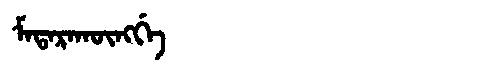
Manchu: ᠮᠠᡨᠠᡵᠠᡴᡡᠩᡤᡝ
Romanization: MATARAKŪNGGE